Veterinary [1916] -
Year: 1916
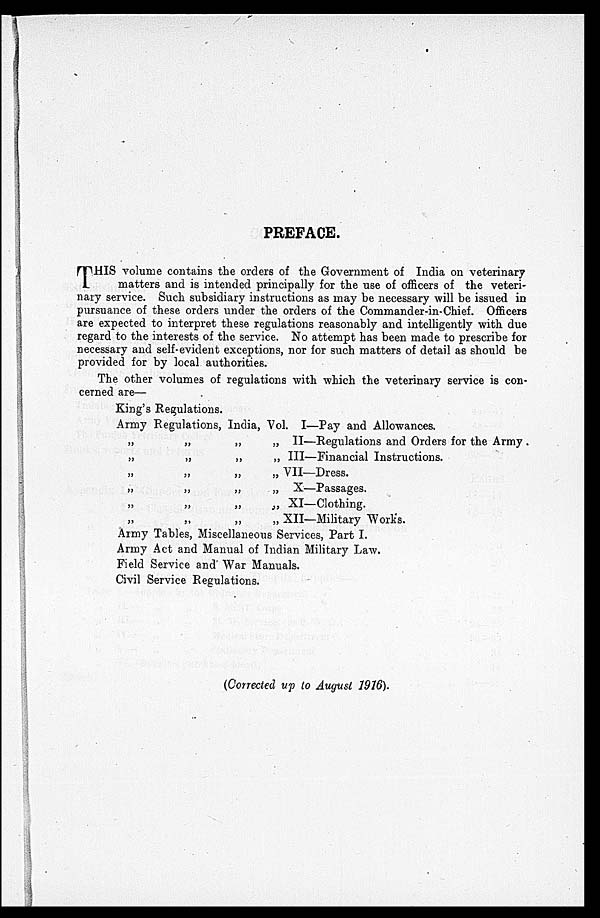
PREFACE.
T HIS volume contains the orders of the Government of India on veterinary
matters and is intended principally for the use of officers of the veteri-
nary service. Such subsidiary instructions as may be necessary will be issued in
pursuance of these orders under the orders of the Commander-in-Chief. Officers
are expected to interpret these regulations reasonably and intelligently with due
regard to the interests of the service. No attempt has been made to prescribe for
necessary and self-evident exceptions, nor for such matters of detail as should be
provided for by local authorities.
The other volumes of regulations with which the veterinary service is con-
cerned are—
King's Regulations.
Army Regulations, India,
„ „ „ „
„ „ „ „
„ „ „ „
„ „ „ „
„ „ „ „
„ „ „ „
Vol. I—Pay and Allowances.
II—Regulations and Orders for the Army .
III—Financial Instructions.
VII—Dress.
X—Passages.
XI—Clothing.
XII—Military Work's.
Army Tables, Miscellaneous Services, Part I.
Army Act and Manual of Indian Military Law.
Field Service and War Manuals.
Civil Service Regulations.
(Corrected up to August 1916).